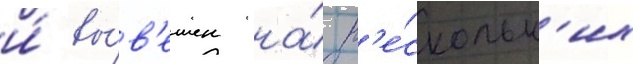
и́ вы́в'ешен на́ н'е́скольк'их